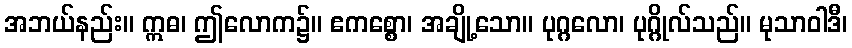
အဘယ်နည်း။ ဣဓ၊ ဤလောက၌။ ဧကစ္စော၊ အချို့သော။ ပုဂ္ဂလော၊ ပုဂ္ဂိုလ်သည်။ မုသာဝါဒီ၊